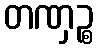
တဏှဉ္စ